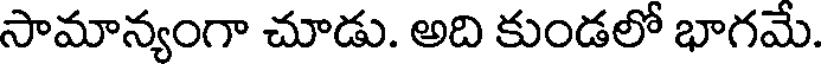
సామాన్యంగా చూడు. అది కుండలో భాగమే.